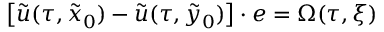
\left[ \widetilde u ( \tau , \tilde { x } _ { 0 } ) - \widetilde u ( \tau , \tilde { y } _ { 0 } ) \right] \cdot e = \Omega ( \tau , \xi )